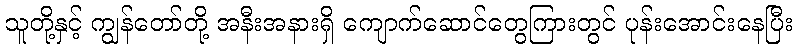
သူတို့နှင့် ကျွန်တော်တို့ အနီးအနားရှိ ကျောက်ဆောင်တွေကြားတွင် ပုန်းအောင်းနေပြီး